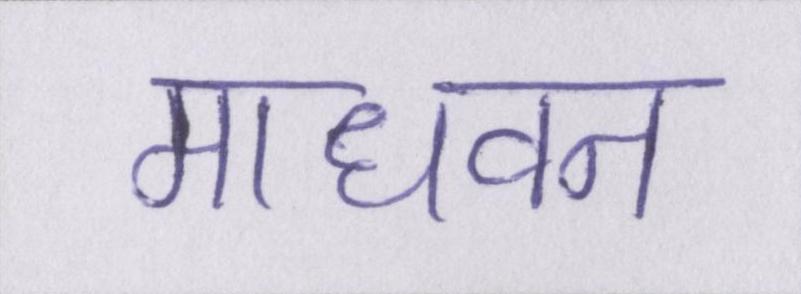
माधवन